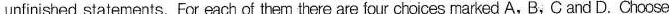
unfinished statements. Far each of then trere are four choices rarked A, B, C and D. Chocse